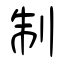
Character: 制